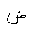
Letter: _dad